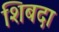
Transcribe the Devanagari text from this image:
शिबदा